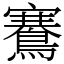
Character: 鶱